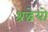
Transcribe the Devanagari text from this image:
श्रद्धेयो